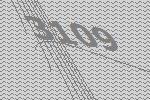
3109